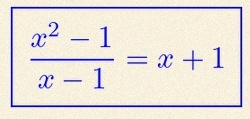
\frac{x^2-1}{x-1}=x+1